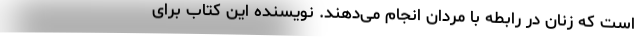
است که زنان در رابطه با مردان انجام می‌دهند. نویسنده این کتاب برای